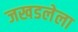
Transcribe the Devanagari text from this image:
जखडलेला